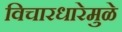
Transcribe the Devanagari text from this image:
विचारधारेमुळे